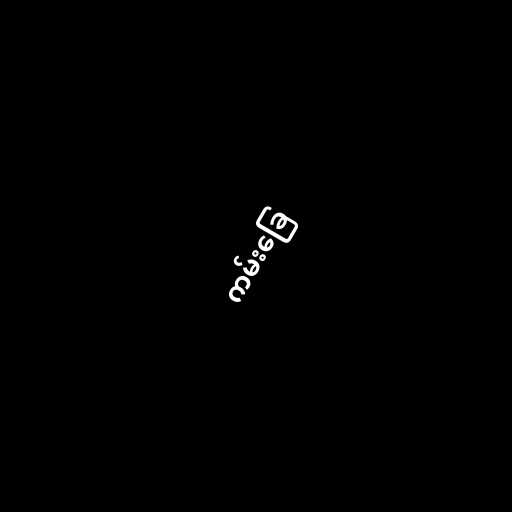
ကမ်းခြေ